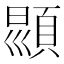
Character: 𩒳